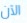
الآن